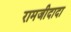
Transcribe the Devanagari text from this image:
रामजीदादा